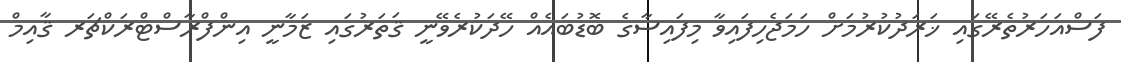
ފަސްއަހަރުތެރޭގައި ޚަރަދުކުރުމަށް ހަމަޖެހިފައިވާ މިފައިސާގެ ބޮޑުބައެއް ހޭދަކުރެވޭނީ ޤަތަރުގައި ޒަމާނީ އިންފްރާސްޓްރަކްޗަރ ޤާއިމް